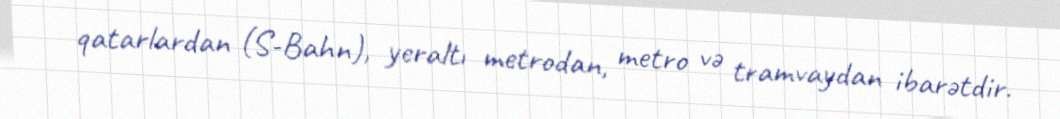
qatarlardan (S-Bahn), yeraltı metrodan, metro və tramvaydan ibarətdir.